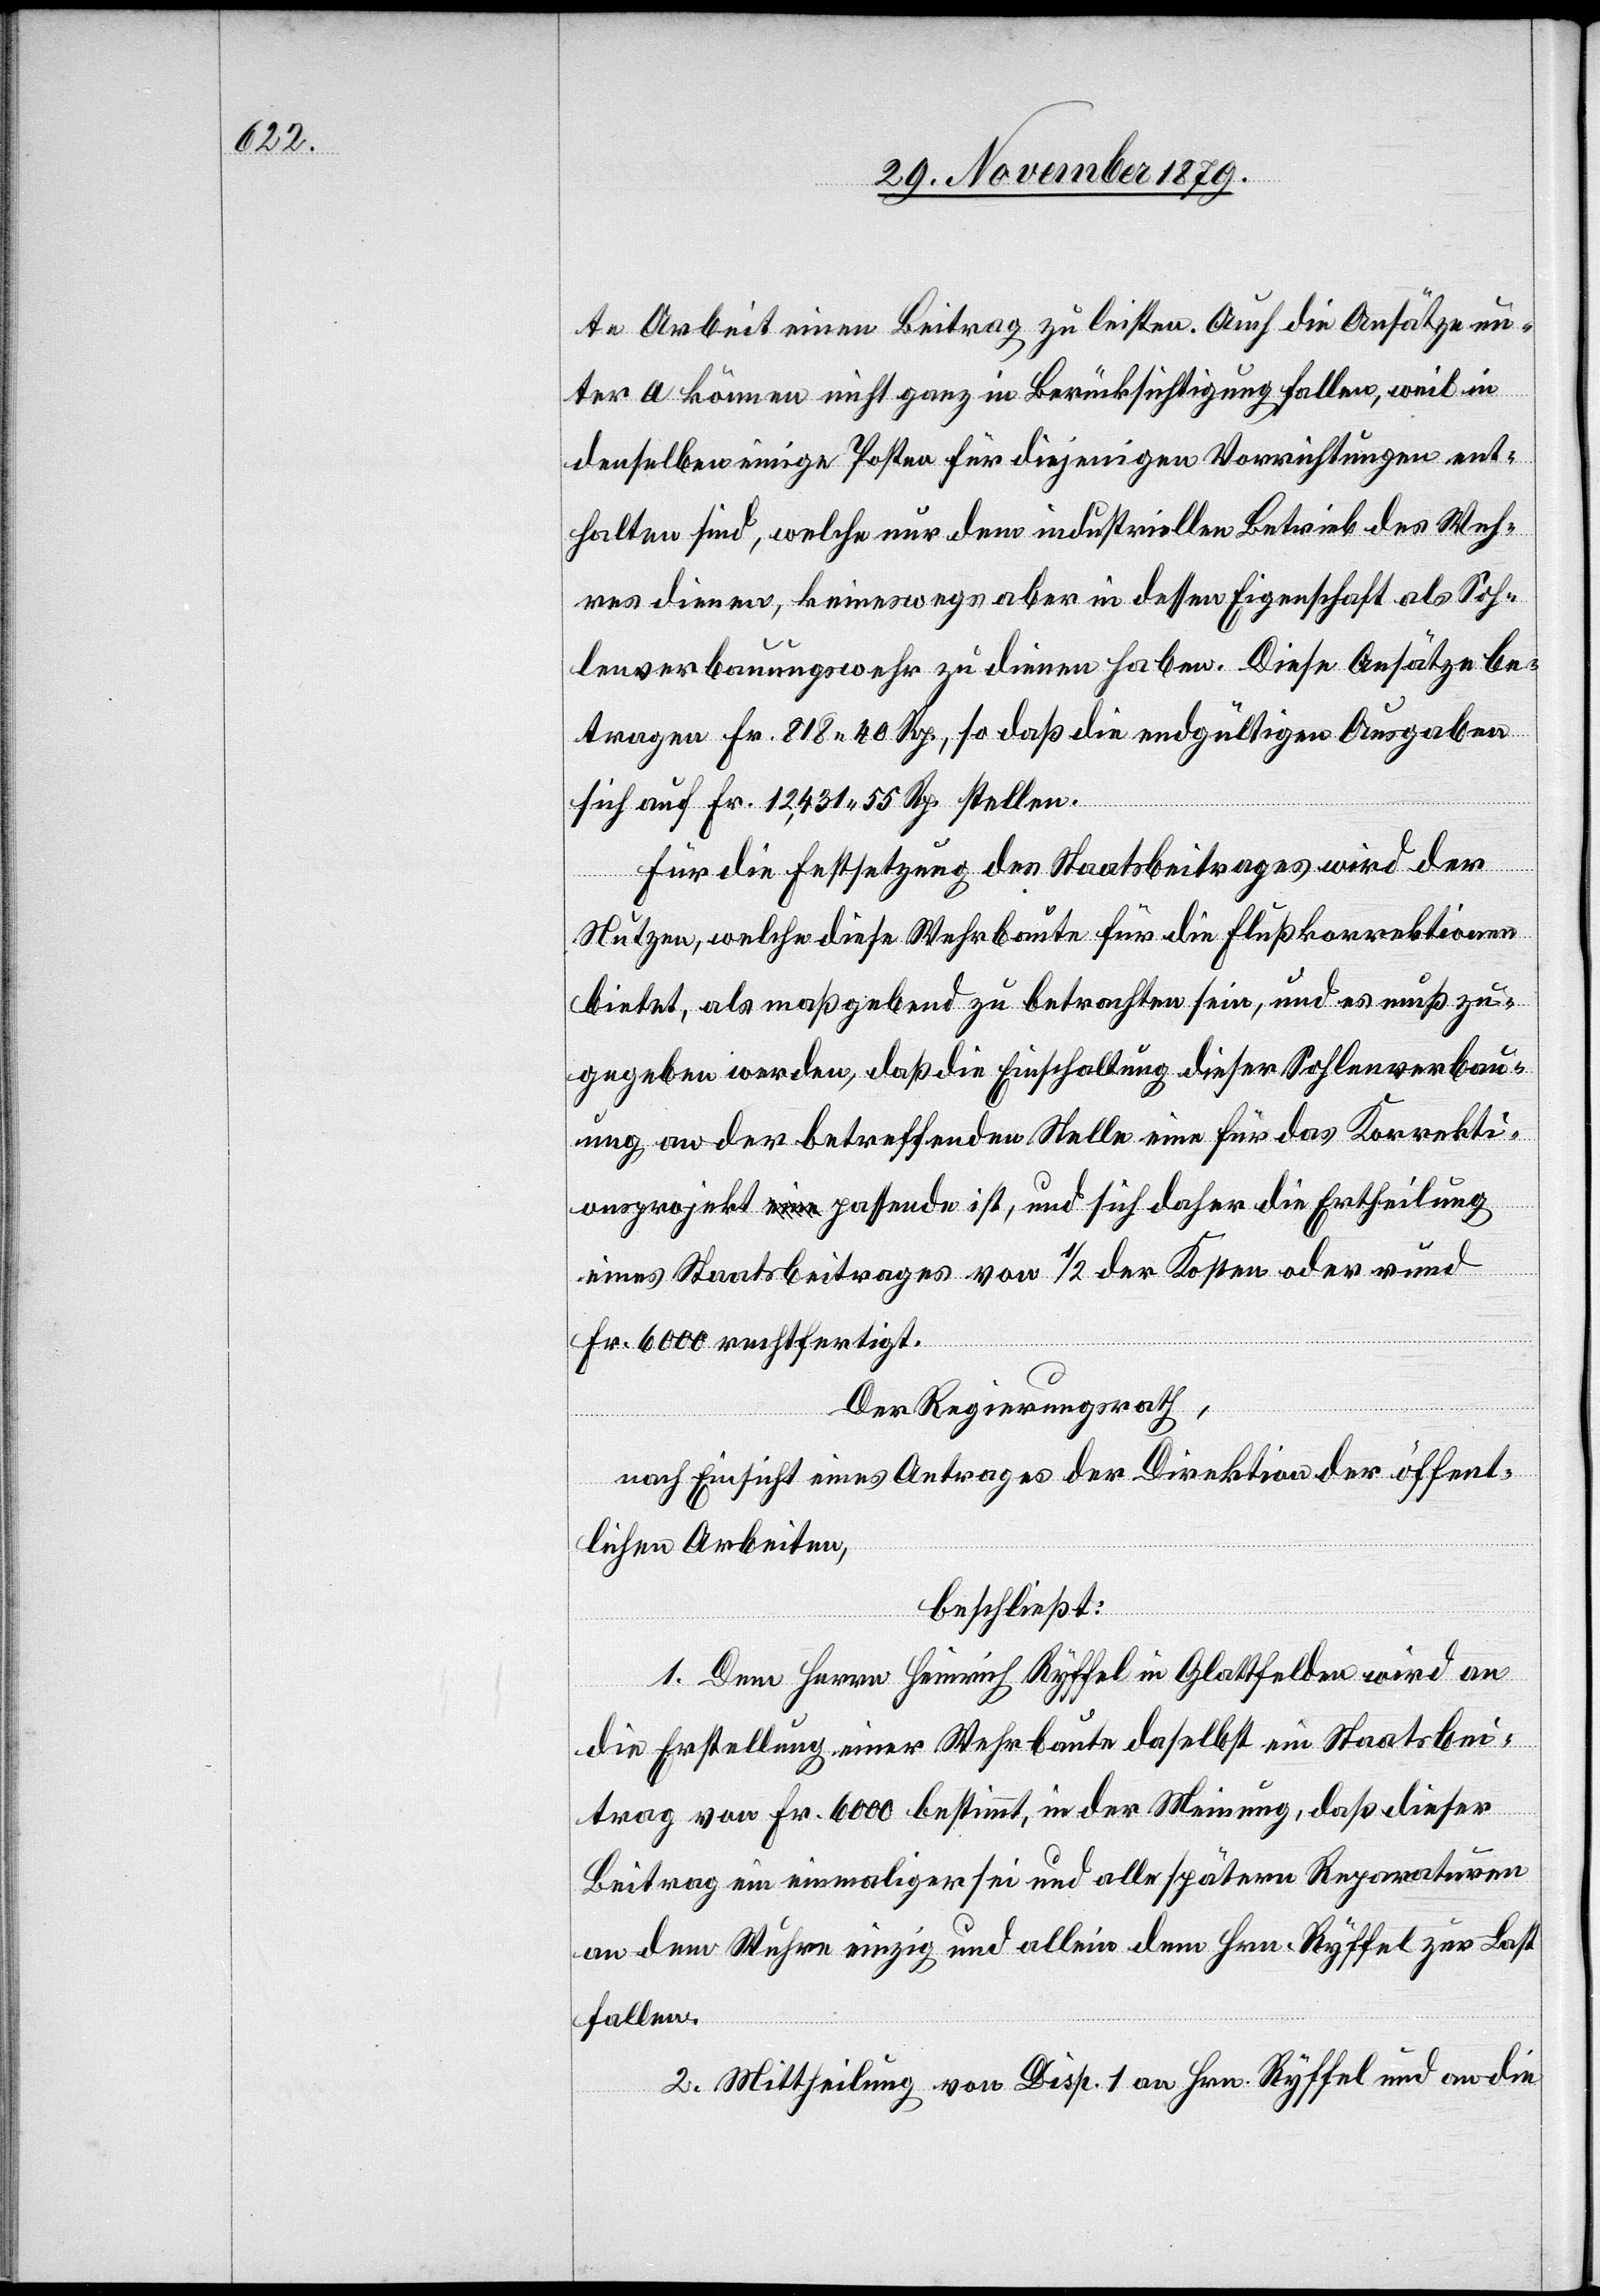
te Arbeit einen Beitrag zu leisten. Auch die Ansätze un¬
ter a können nicht ganz in Berücksichtigung fallen, weil in
denselben einige Posten für diejenigen Vorrichtungen ent¬
halten sind, welche nur dem industriellen Betrieb des Weh¬
res dienen, keineswegs aber in dessen Eigenschaft als Soh¬
lenverbauungswehr zu dienen haben. Diese Ansätze be¬
tragen Fr. 818 40 Rp., so daß die endgültigen Ausgaben
sich auf Fr. 12,431 55 Rp. stellen.
Für die Festsetzung des Staatsbeitrages wird der
Nutzen, welche diese Wehrbaute für die Flußkorrektionen
bietet, als maßgebend zu betrachten sein, und es muß zu¬
gegeben werden, das die Einschaltung dieser Sohlenverbau¬
ung an der betreffenden Stelle eine für das Korrekti¬
onsprojekt passende ist, und sich daher die Ertheilung
eines Staatsbeitrages von 1/2 der Kosten oder rund
Fr. 6000 rechtfertigt.
Der Regierungsrath,
nach Einsicht eines Antrages der Direktion der öffent¬
lichen Arbeiten,
beschließt:
1. Dem Herrn Heinrich Ryffel in Glattfelden wird an
die Erstellung einer Wehrbaute daselbst ein Staatsbei¬
trag von Fr. 6000 bestimmt, in der Meinung, daß dieser
Beitrag ein einmaliger sei und alle spätern Reparaturen
an dem Wuhre einzig und allein dem Hrn. Ryffel zur Last
fallen.
2. Mittheilung von Disp. 1 an Hrn. Ryffel und an die